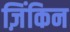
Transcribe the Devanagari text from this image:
ज़िंकिन